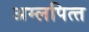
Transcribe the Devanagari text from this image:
अम्‍लपित्‍त